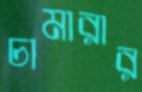
চামারার